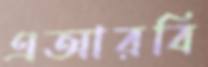
এআরবি